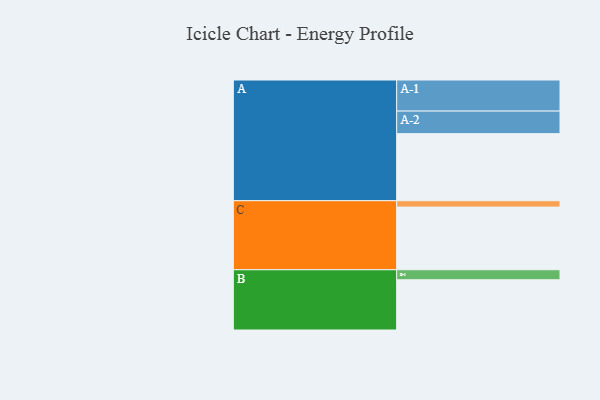
{"axis": {"x": "Segment", "y": "Value"}, "legend": ["", "A", "B", "C"], "data": [{"x": "A", "y": 589, "type": ""}, {"x": "B", "y": 441, "type": ""}, {"x": "C", "y": 550, "type": ""}, {"x": "A-1", "y": 273, "type": "A"}, {"x": "A-2", "y": 198, "type": "A"}, {"x": "B-1", "y": 88, "type": "B"}, {"x": "C-1", "y": 56, "type": "C"}]}